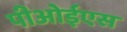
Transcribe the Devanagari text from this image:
पीओईएस